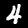
Label: 4